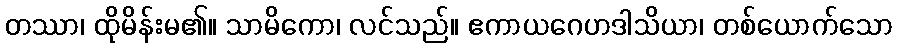
တဿာ၊ ထိုမိန်းမ၏။ သာမိကော၊ လင်သည်။ ဧကာယဂေဟဒါသိယာ၊ တစ်ယောက်သော